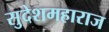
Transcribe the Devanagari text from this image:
सुदेशमहाराज